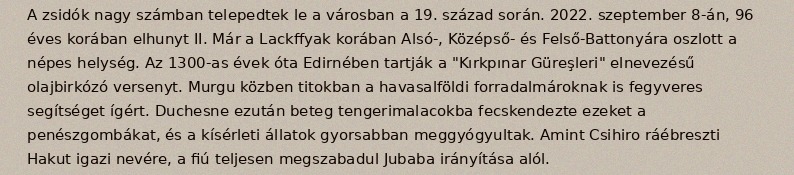
A zsidók nagy számban telepedtek le a városban a 19. század során. 2022. szeptember 8-án, 96 éves korában elhunyt II. Már a Lackffyak korában Alsó-, Középső- és Felső-Battonyára oszlott a népes helység. Az 1300-as évek óta Edirnében tartják a "Kırkpınar Güreşleri" elnevezésű olajbirkózó versenyt. Murgu közben titokban a havasalföldi forradalmároknak is fegyveres segítséget ígért. Duchesne ezután beteg tengerimalacokba fecskendezte ezeket a penészgombákat, és a kísérleti állatok gyorsabban meggyógyultak. Amint Csihiro ráébreszti Hakut igazi nevére, a fiú teljesen megszabadul Jubaba irányítása alól.